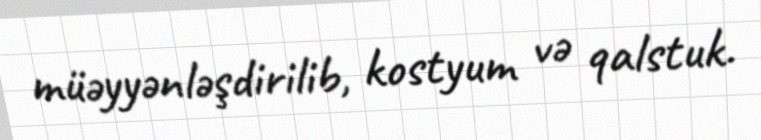
müəyyənləşdirilib, kostyum və qalstuk.